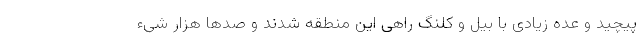
پیچید و عده زیادی با بیل و کلنگ راهی این منطقه شدند و صدها هزار شی‌ء